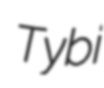
Tybi